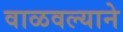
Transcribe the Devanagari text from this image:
वाळवल्याने